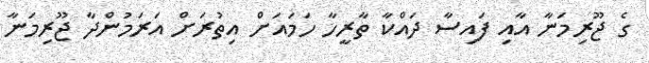
ގެ ޖޫރިމަނާ އާއި ފައިސާ ދައްކާ ތާރީހާ ހަމައަށް އިތުރަށް އަރަމުންދާ ޖޫރިމަނާ